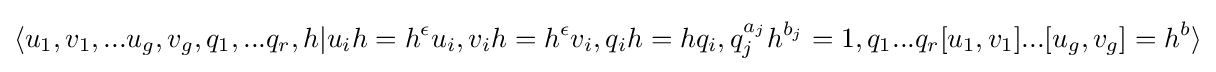
\langle u_{1},v_{1},...u_{g},v_{g},q_{1},...q_{r},h|u_{i}h=h^{\epsilon }u_{i},v_{i}h=h^{\epsilon }v_{i},q_{i}h=hq_{i},q_{j}^{a_{j}}h^{b_{j}}=1,q_{1}...q_{r}[u_{1},v_{1}]...[u_{g},v_{g}]=h^{b}\rangle